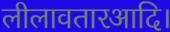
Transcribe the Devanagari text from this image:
लीलावतारआदि।